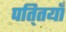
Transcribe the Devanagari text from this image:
पति्तयाँ